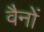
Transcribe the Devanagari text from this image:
वैनों